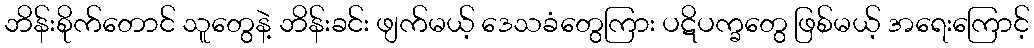
ဘိန်းစိုက်တောင် သူတွေနဲ့ ဘိန်းခင်း ဖျက်မယ့် ဒေသခံတွေကြား ပဋိပက္ခတွေ ဖြစ်မယ့် အရေးကြောင့်